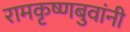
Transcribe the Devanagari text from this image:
रामकृष्णबुवांनी